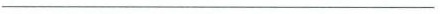
_____________________